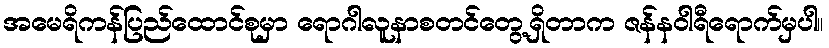
အမေရိကန်ပြည်ထောင်စုမှာ ရောဂါလူနာစတင်တွေ့ရှိတာက ဇန်နဝါရီရောက်မှပါ။